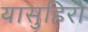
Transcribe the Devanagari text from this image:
यासुहिरो